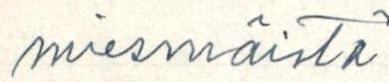
miesmäistä